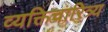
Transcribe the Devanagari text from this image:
व्यक्तिचारित्र्य